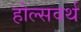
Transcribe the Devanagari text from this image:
होल्सवर्थ